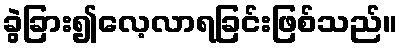
ခွဲခြား၍လေ့လာရခြင်းဖြစ်သည်။